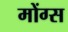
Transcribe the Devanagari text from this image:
मोंग्स